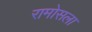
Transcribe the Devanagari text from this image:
रामोसला